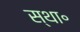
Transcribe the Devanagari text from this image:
स्था॰